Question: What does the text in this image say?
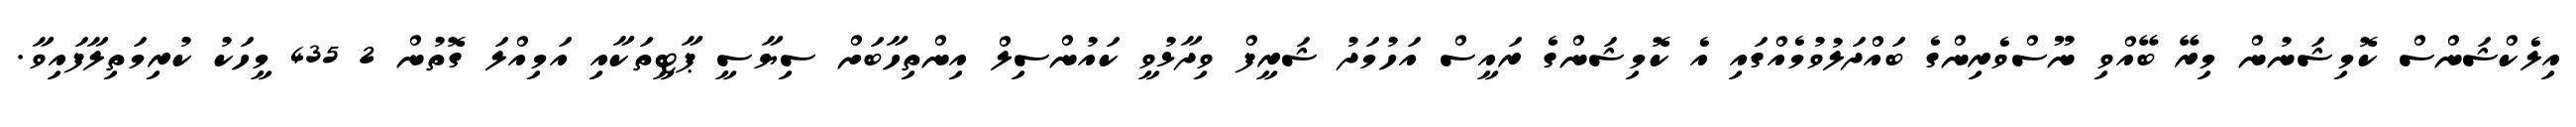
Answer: އިލެކްޝަންސް ކޮމިޝަނުން މިރޭ ބޭއްވި ނޫސްވެރިންގެ ބައްދަލުވުމެއްގައި އެ ކޮމިޝަންގެ ރައީސް އަހުމަދު ޝަރީފް ވިދާޅުވީ ކައުންސިލް އިންތިހާބަށް ސިޔާސީ ޕާޓީތަކާއި އަމިއްލަ ގޮތުން 2 435 މީހަކު ކުރިމަތިލާފައިވާ.